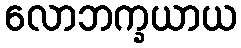
လောဘက္ခယာယ